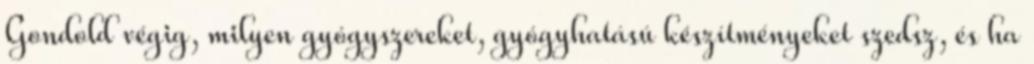
Gondold végig, milyen gyógyszereket, gyógyhatású készítményeket szedsz, és ha